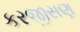
કરજીસણ